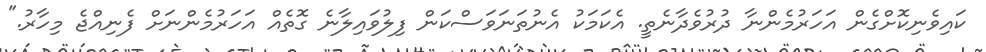
ކައިވެނިކޮށްގެން އަހަރުމެންނާ ދުރުވެދާނެތީ. އެކަމަކު އެނުތަނަވަސްކަން ފިލުވައިލާނެ ގޮތެއް އަހަރުމެންނަށް ފެނިއްޖެ މިހާރު."